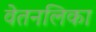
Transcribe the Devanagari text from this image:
वेतनलिका